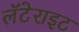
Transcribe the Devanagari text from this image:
लॅटेराइट